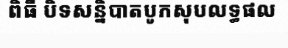
ពិធី បិទសន្និបាតបូកសុបលទ្ធផល